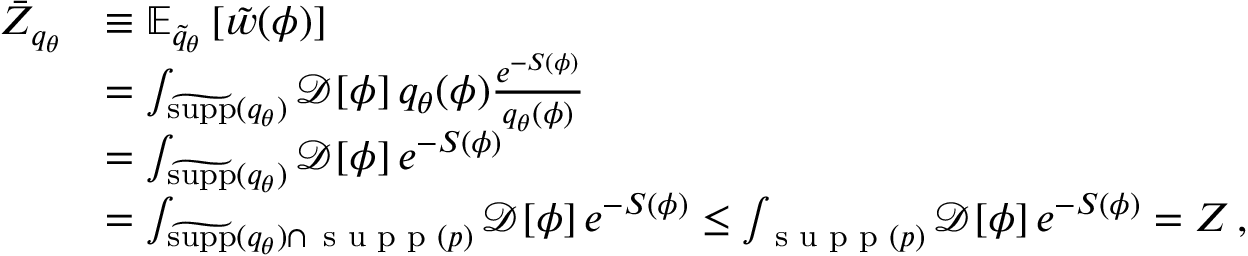
\begin{array} { r l } { \bar { Z } _ { q _ { \theta } } } & { \equiv \mathbb { E } _ { \widetilde { q } _ { \theta } } \left[ \tilde { w } ( \phi ) \right] } \\ & { = \int _ { \widetilde { \mathrm { s u p p } } ( q _ { \theta } ) } \mathcal { D } [ \phi ] \, q _ { \theta } ( \phi ) \frac { e ^ { - S ( \phi ) } } { q _ { \theta } ( \phi ) } } \\ & { = \int _ { \widetilde { \mathrm { s u p p } } ( q _ { \theta } ) } \mathcal { D } [ \phi ] \, e ^ { - S ( \phi ) } } \\ & { = \int _ { \widetilde { \mathrm { s u p p } } ( q _ { \theta } ) \cap \, \textrm { s u p p } ( p ) } \mathcal { D } [ \phi ] \, e ^ { - S ( \phi ) } \leq \int _ { \textrm { s u p p } ( p ) } \mathcal { D } [ \phi ] \, e ^ { - S ( \phi ) } = Z \, , } \end{array}